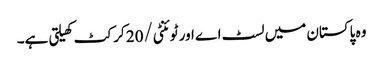
وہ پاکستان میں لسٹ اے اور ٹوئنٹی/20 کرکٹ کھیلتی ہے۔